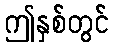
ဤနှစ်တွင်